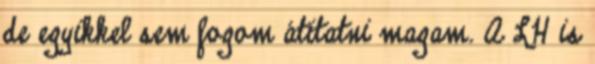
de egyikkel sem fogom átitatni magam. A LH is